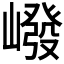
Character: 𪩕